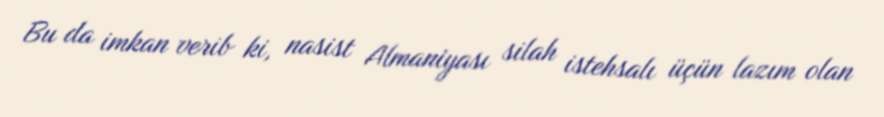
Bu da imkan verib ki, nasist Almaniyası silah istehsalı üçün lazım olan